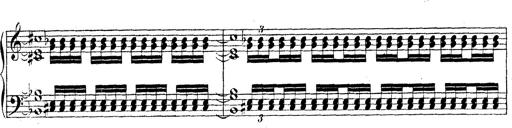
Title: Technische Studien
Composer: Franz Liszt